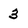
Character: 3